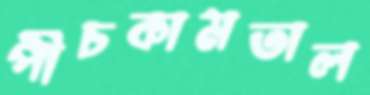
পীচকামতাল